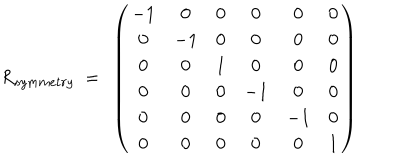
LaTeX: R _ { s y m m e t r y } ~ = ~ \left( \begin{matrix} { { - 1 } } & { { 0 } } & { { 0 } } & { { 0 } } & { { 0 } } & { { 0 } } \\ { { 0 } } & { { - 1 } } & { { 0 } } & { { 0 } } & { { 0 } } & { { 0 } } \\ { { 0 } } & { { 0 } } & { { 1 } } & { { 0 } } & { { 0 } } & { { 0 } } \\ { { 0 } } & { { 0 } } & { { 0 } } & { { - 1 } } & { { 0 } } & { { 0 } } \\ { { 0 } } & { { 0 } } & { { 0 } } & { { 0 } } & { { - 1 } } & { { 0 } } \\ { { 0 } } & { { 0 } } & { { 0 } } & { { 0 } } & { { 0 } } & { { 1 } } \\ \end{matrix} \right)